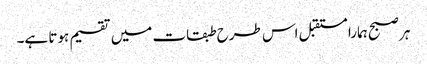
ہر صبح ہمارا مستقبل اس طرح طبقات میں تقسیم ہوتا ہے۔